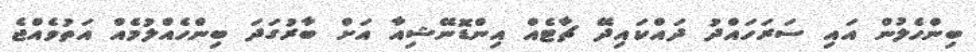
ބިންހެލުން އައި ސަރަހައްދު ދައްކައިދޭ ޗާޓެއް އިންޑޮނޭޝިއާ އަށް ބާރުގަދަ ބިންހެއްލުމެއް އަތުވެއްޖެ